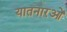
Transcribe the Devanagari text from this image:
यातनारओं